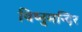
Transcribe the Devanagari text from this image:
विष्नुमन्दिर